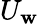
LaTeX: U_{\mathbf{w}}